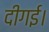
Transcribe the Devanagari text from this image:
दीगई।